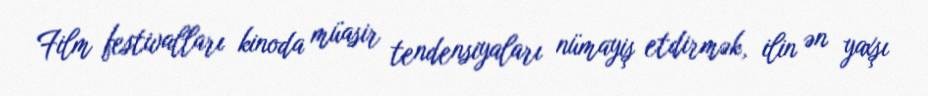
Film festivalları kinoda müasir tendensiyaları nümayiş etdirmək, ilin ən yaxşı